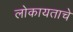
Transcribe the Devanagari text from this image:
लोकायताचे